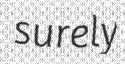
surely